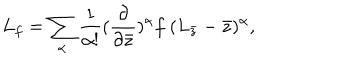
L _ { f } = \sum _ { \alpha } \frac { 1 } { \alpha ! } ( \frac { \partial } { \partial \bar { z } } ) ^ { \alpha } f \ ( L _ { \bar { z } } - \bar { z } ) ^ { \alpha } ,